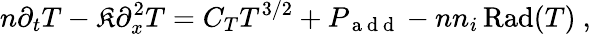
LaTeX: n\partial_{t}T-\mathfrak{K}\partial_{x}^{2}T=C_{T}T^{3/2}+P_{\mathrm{{~a~d~d~}}}-nn_{i}\operatorname{Rad}(T)~,